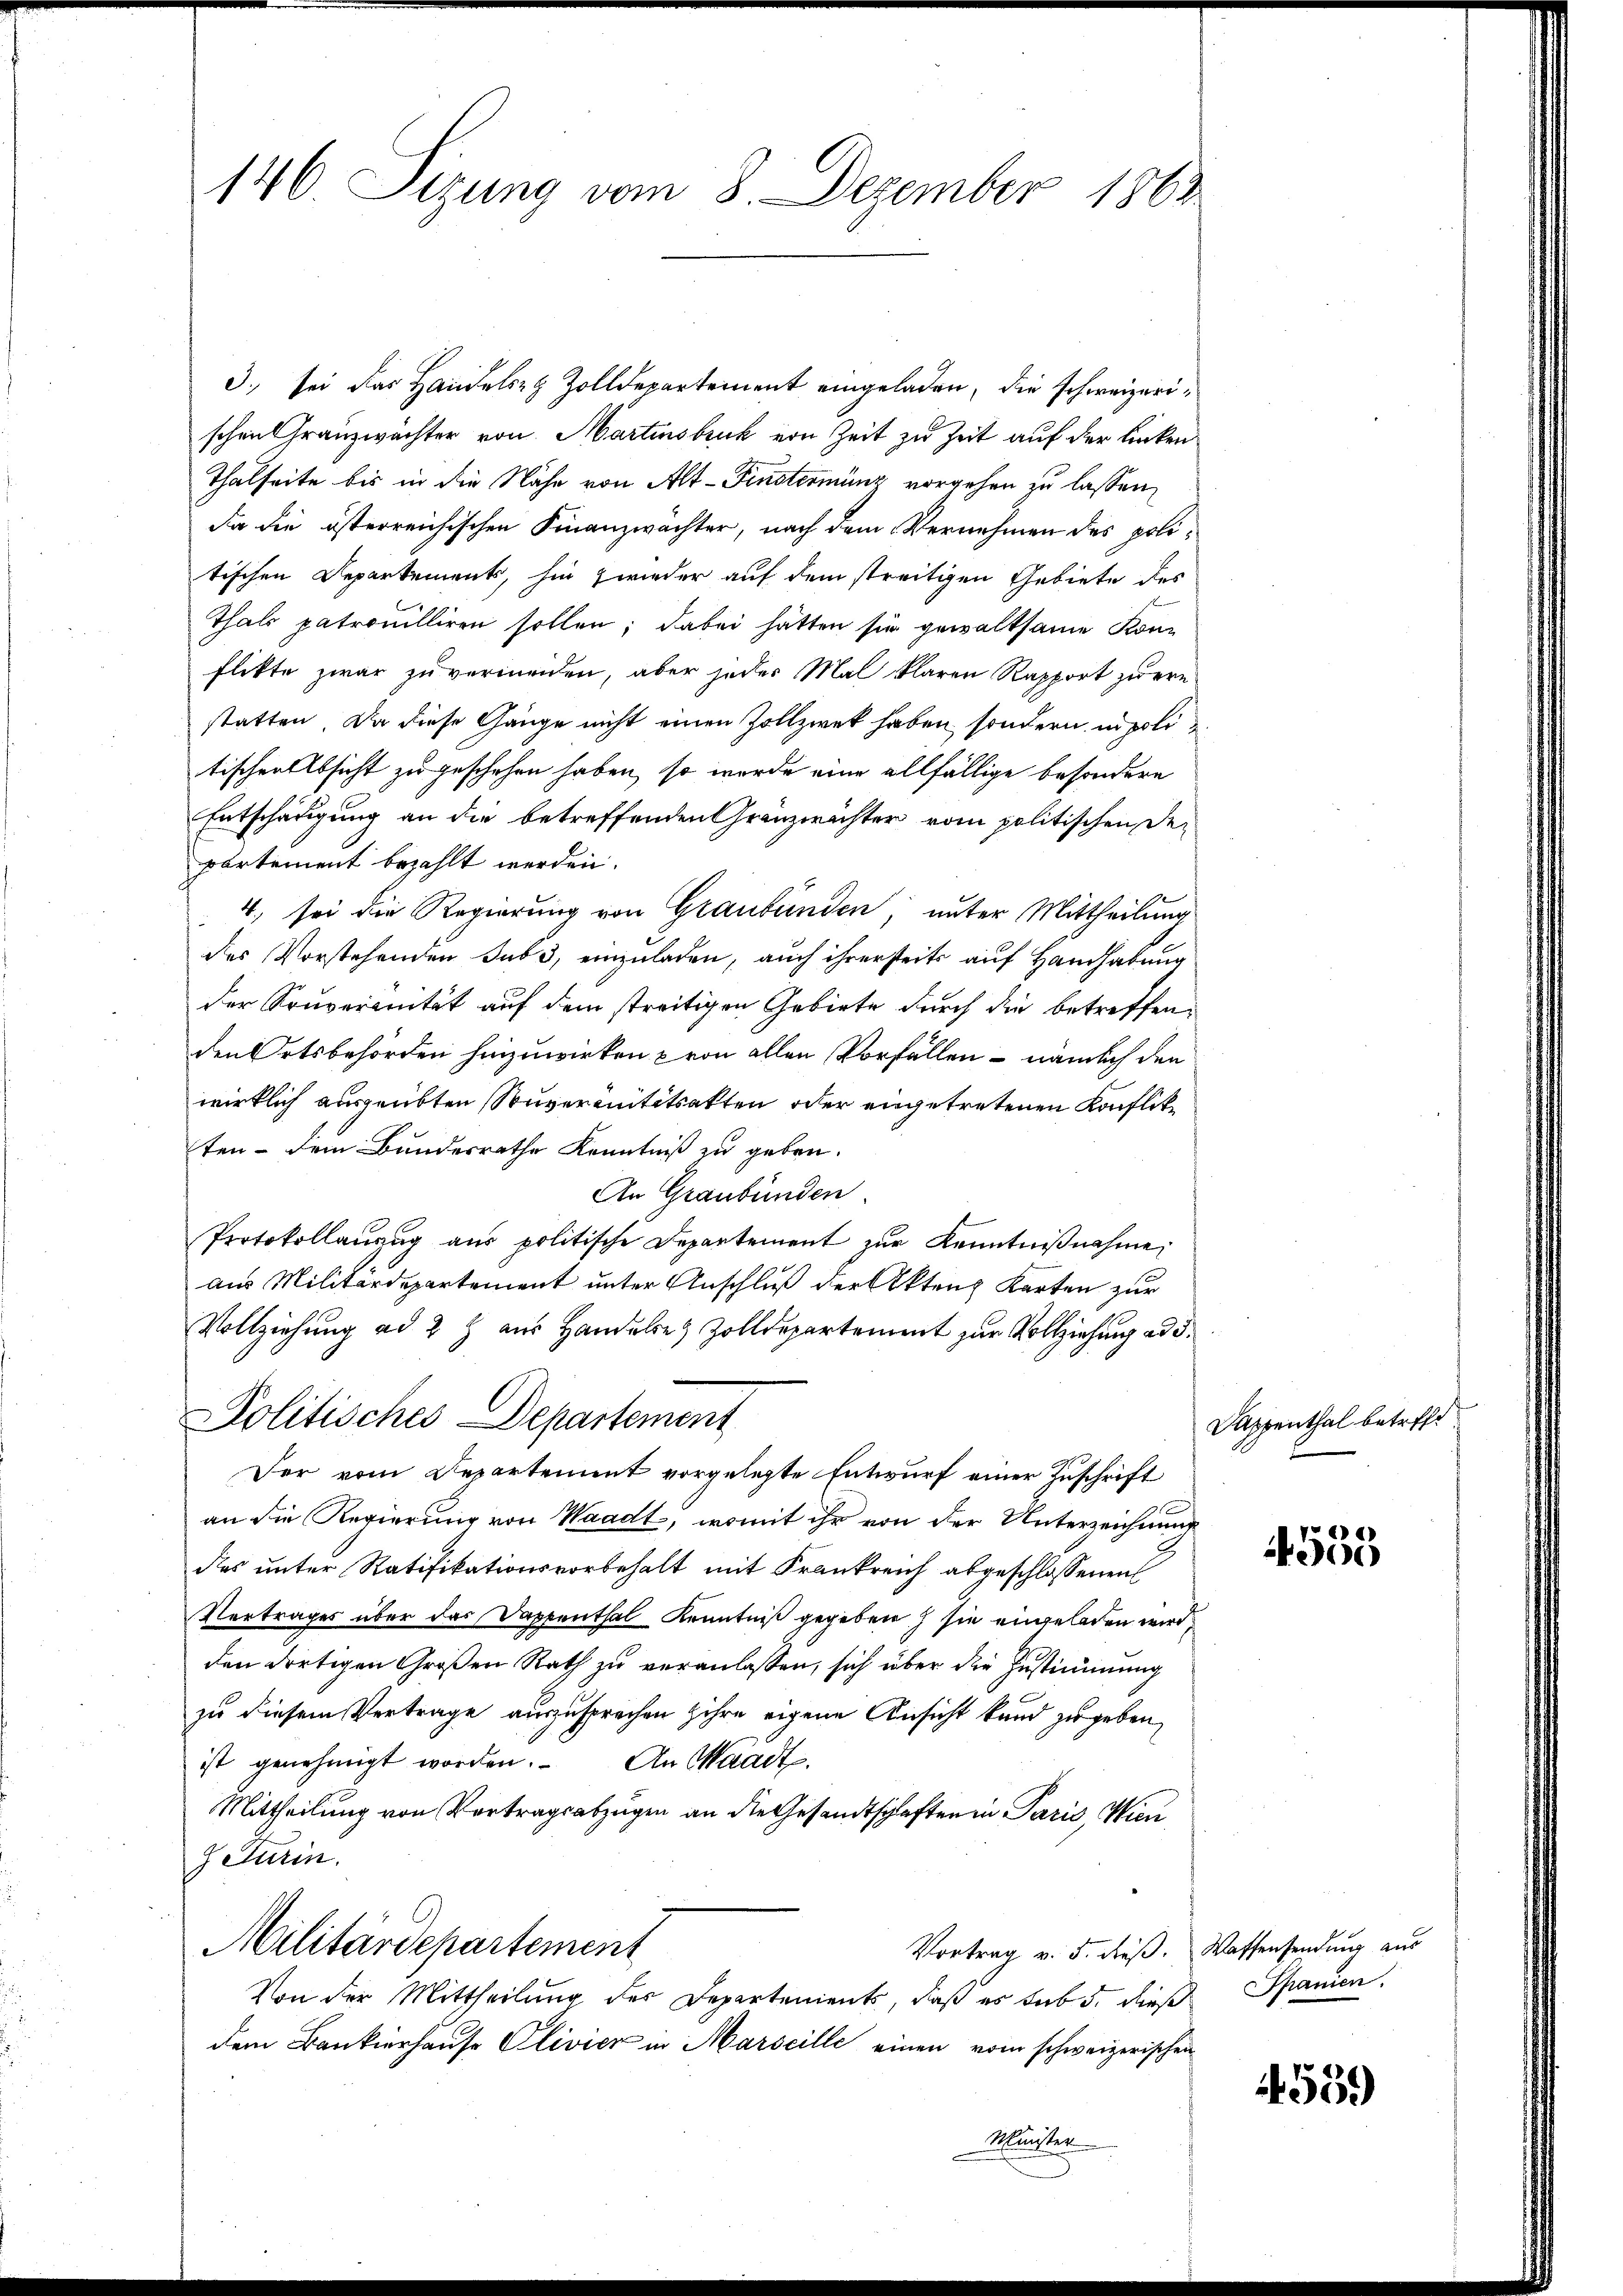
146. Stzung vom 8. Dezember 1863

3. sei das Handels Zolldepartement eingeladen, die schweizerischen Granzwachter von Martinsbruck von Zeit zu Zeit auf der linken¬
Thalseite bis in die Nähe von Alt-Finsterminz vorgehen zu lassen,
Da die österreichischen Finanzwächter, nach dem Vernehmen des politischen Departements, hin zwieder auf dem streitigen Gebiete des
Thals patrouilliren sollen; dabei hätten sie gewaltsame Konflikte zwar zu vermeiden, aber jeder Mal klaren Rapport zuern
statten. Da diese Gänge nicht einen Zollzwek haben, sondern in poli
tischen Absicht zu geschehen haben, so wurde eine allfällige besondere
Entschädigung an die betreffenden Granzwachter vom politischen De-
partement bezahlt werden.
4., sei die Regierung von Graubünden; unter Mittheilung
des Vorstehenden Jubi, einzuladen, auch ihrerseits auf Handhabung
der Souveranität auf dem streitigen Gebiete durch die betreffenden Ortsbehörden hinzuwirken von allen Vorfällen – nämlich den
wirklich ausgeübten Souveranitätsakten oder eingetretenen Konflikten - dem Bundesrathe Kenntniß zu geben.
An Graubünden.
Protokollanzug aus politische Departement zur Kenntniβnahme,
aus Militärdepartement unter Anschluß der Akten Karten zur
Vollziehung ad 2 Z. aus Handere Zolldepartement zur Vollziehung ad d.
Politisches Departement
Der vom Departement vorgelegte Entwurf einer Zuschrift
an die Regierung von Waadt, womit ihr von der Unterzeichnung
des unter Ratifikationsvorbehalt mit Frankreich abgeschlossenen
Vertrages über das Dappenthal Kenntniß gegeben sie eingeladen wird,
den dortigen Großen Rath zu veranlassen, sich über die Zustimmung
zu diesem Vertrage auszusprechen ihre eigene Ansicht kund zu geben,
ist genehmigt worden. An Waadt.
Mittheilung von Vertragsabzügen an die Gesandtschaften in Paris, Wien
& Turin.
Militärdepartement
Vortrag v. 5. dieß. Wassensendung aus
Von der Mittheilung der Departements, daß es sub 5. diese
dem Bankierhause Clivier in Marseille einen vom schweizerischen
Minister

Sappenthal betreft

«)
00

Spanien.

4559